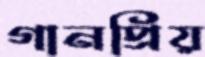
গানপ্রিয়